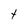
Character: t